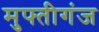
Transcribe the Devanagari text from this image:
मुफ्तीगंज